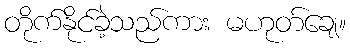
တိုက်နိုင်ခဲ့သည်ကား မဟုတ်ချေ။